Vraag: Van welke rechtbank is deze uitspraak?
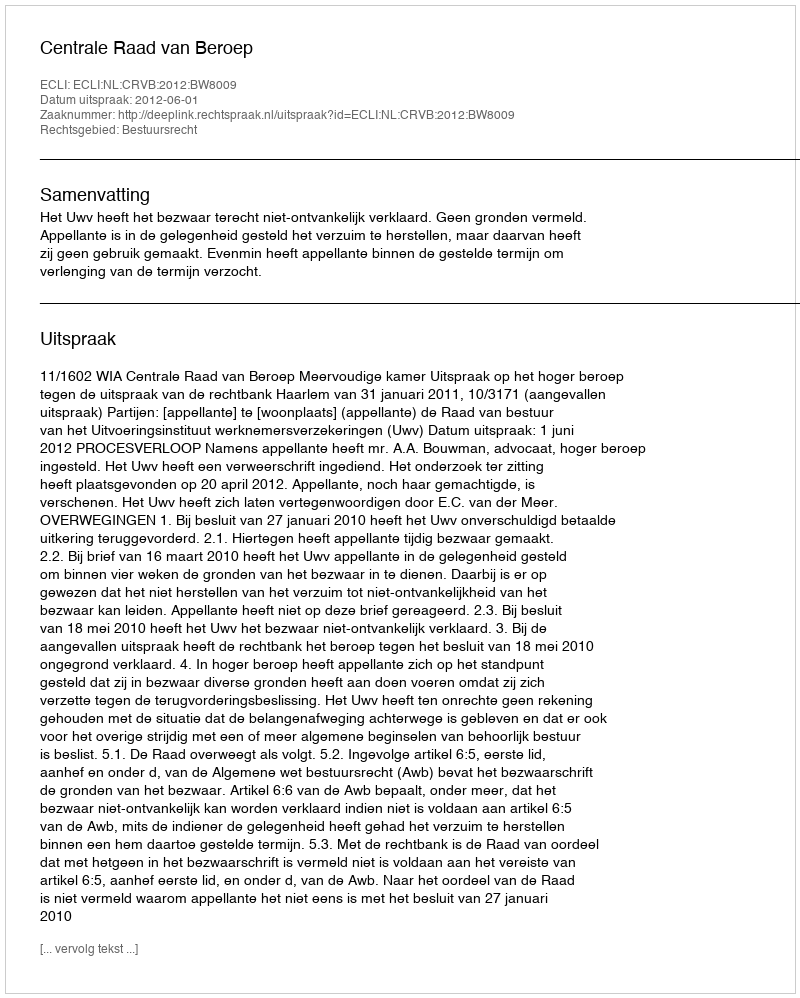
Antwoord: Centrale Raad van Beroep